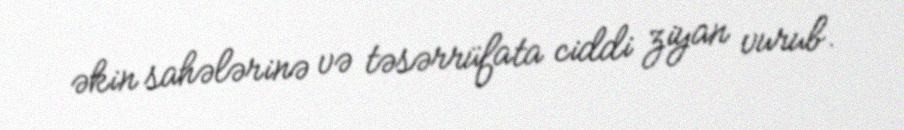
əkin sahələrinə və təsərrüfata ciddi ziyan vurub.